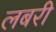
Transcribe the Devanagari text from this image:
लबरी